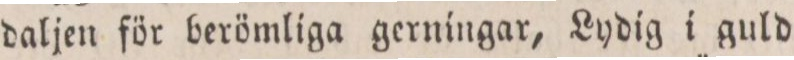
daljen för berömliga gerningar, Lydig i guld